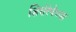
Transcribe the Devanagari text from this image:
शिरोरेषेच्या